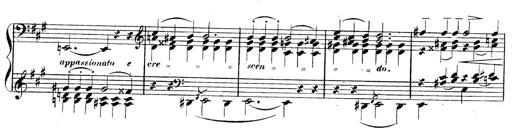
Title: 3 Caprices-Valses
Composer: Franz Liszt